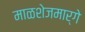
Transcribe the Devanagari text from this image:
माळशेजमार्गे